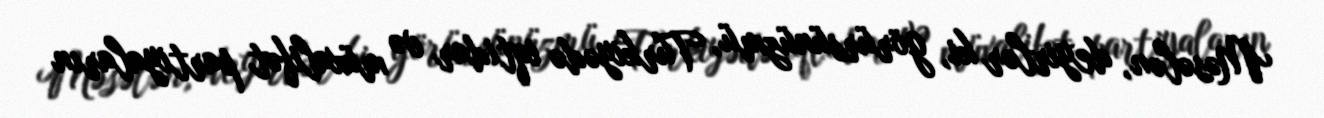
Məsələn, deyirlər ki, görürsünüzmü, Türkiyədə iqtidar və müxalifət partiyaların